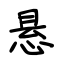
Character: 悬